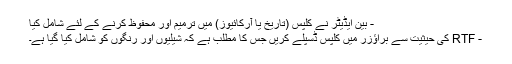
- بین ایڈیٹر نے کلپس (تاریخ یا آرکائیوز) میں ترمیم اور محفوظ کرنے کے لئے شامل کیا
- RTF کی حیثیت سے براؤزر میں کلپس ڈسپلے کریں جس کا مطلب ہے کہ شیلیوں اور رنگوں کو شامل کیا گیا ہے۔